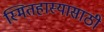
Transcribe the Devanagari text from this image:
स्मितहास्यासाठी